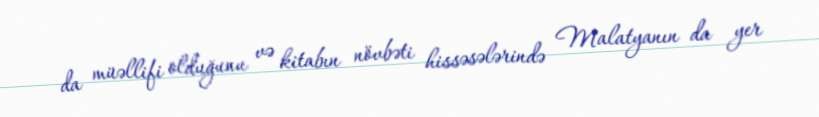
da müəllifi olduğunu və kitabın növbəti hissəsələrində Malatyanın da yer